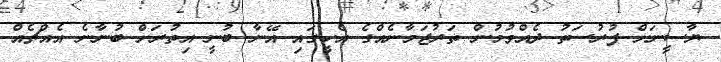
ޔާސީނަށް ފުރުސަތު ދެއްވުމުން ތަރުޖަމާނެއްގެ އެހީގައި އޭނާ ބުނީ އިތުރަށް ބުނާނެ އެއްޗެއް